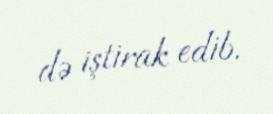
də iştirak edib.